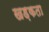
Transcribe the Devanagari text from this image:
खड़कता